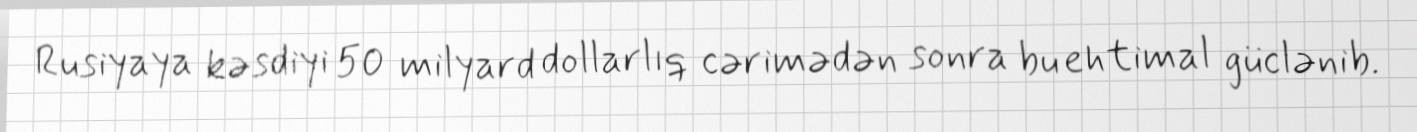
Rusiyaya kəsdiyi 50 milyard dollarlıq cərimədən sonra bu ehtimal güclənib.